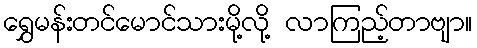
ရွှေမန်းတင်မောင်သားမို့လို့ လာကြည့်တာဗျာ။